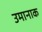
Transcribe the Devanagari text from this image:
उमानाक